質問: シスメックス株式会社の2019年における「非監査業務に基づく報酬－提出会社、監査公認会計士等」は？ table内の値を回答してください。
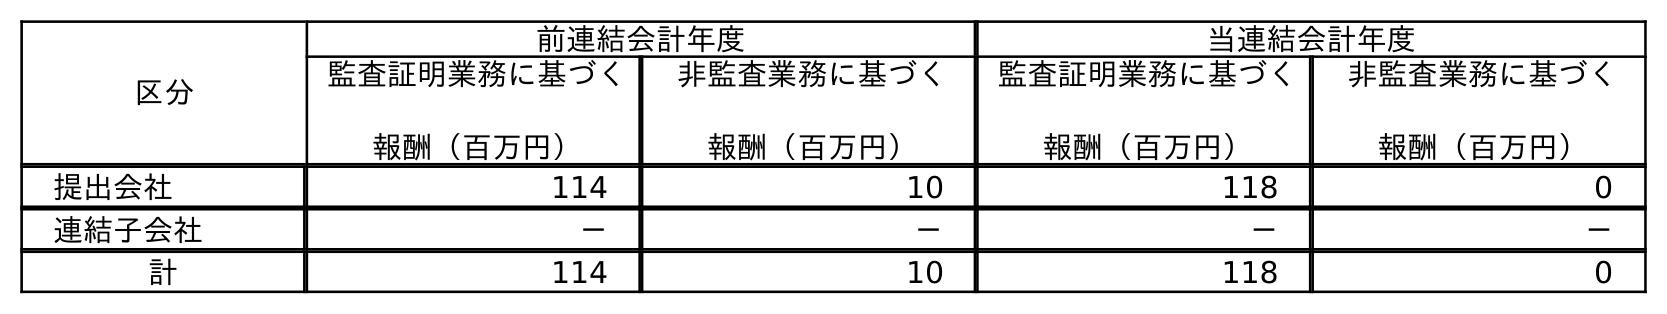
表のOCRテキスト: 区分 前連結会計年度 当連結会計年度 監査証明業務に基づく 報酬（百万円） 非監査業務に基づく 報酬（百万円） 監査証明業務に基づく 報酬（百万円） 非監査業務に基づく 報酬（百万円） 提出会社 114 10 118 0 連結子会社 － － － － 計 114 10 118 0
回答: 10